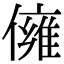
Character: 㒕